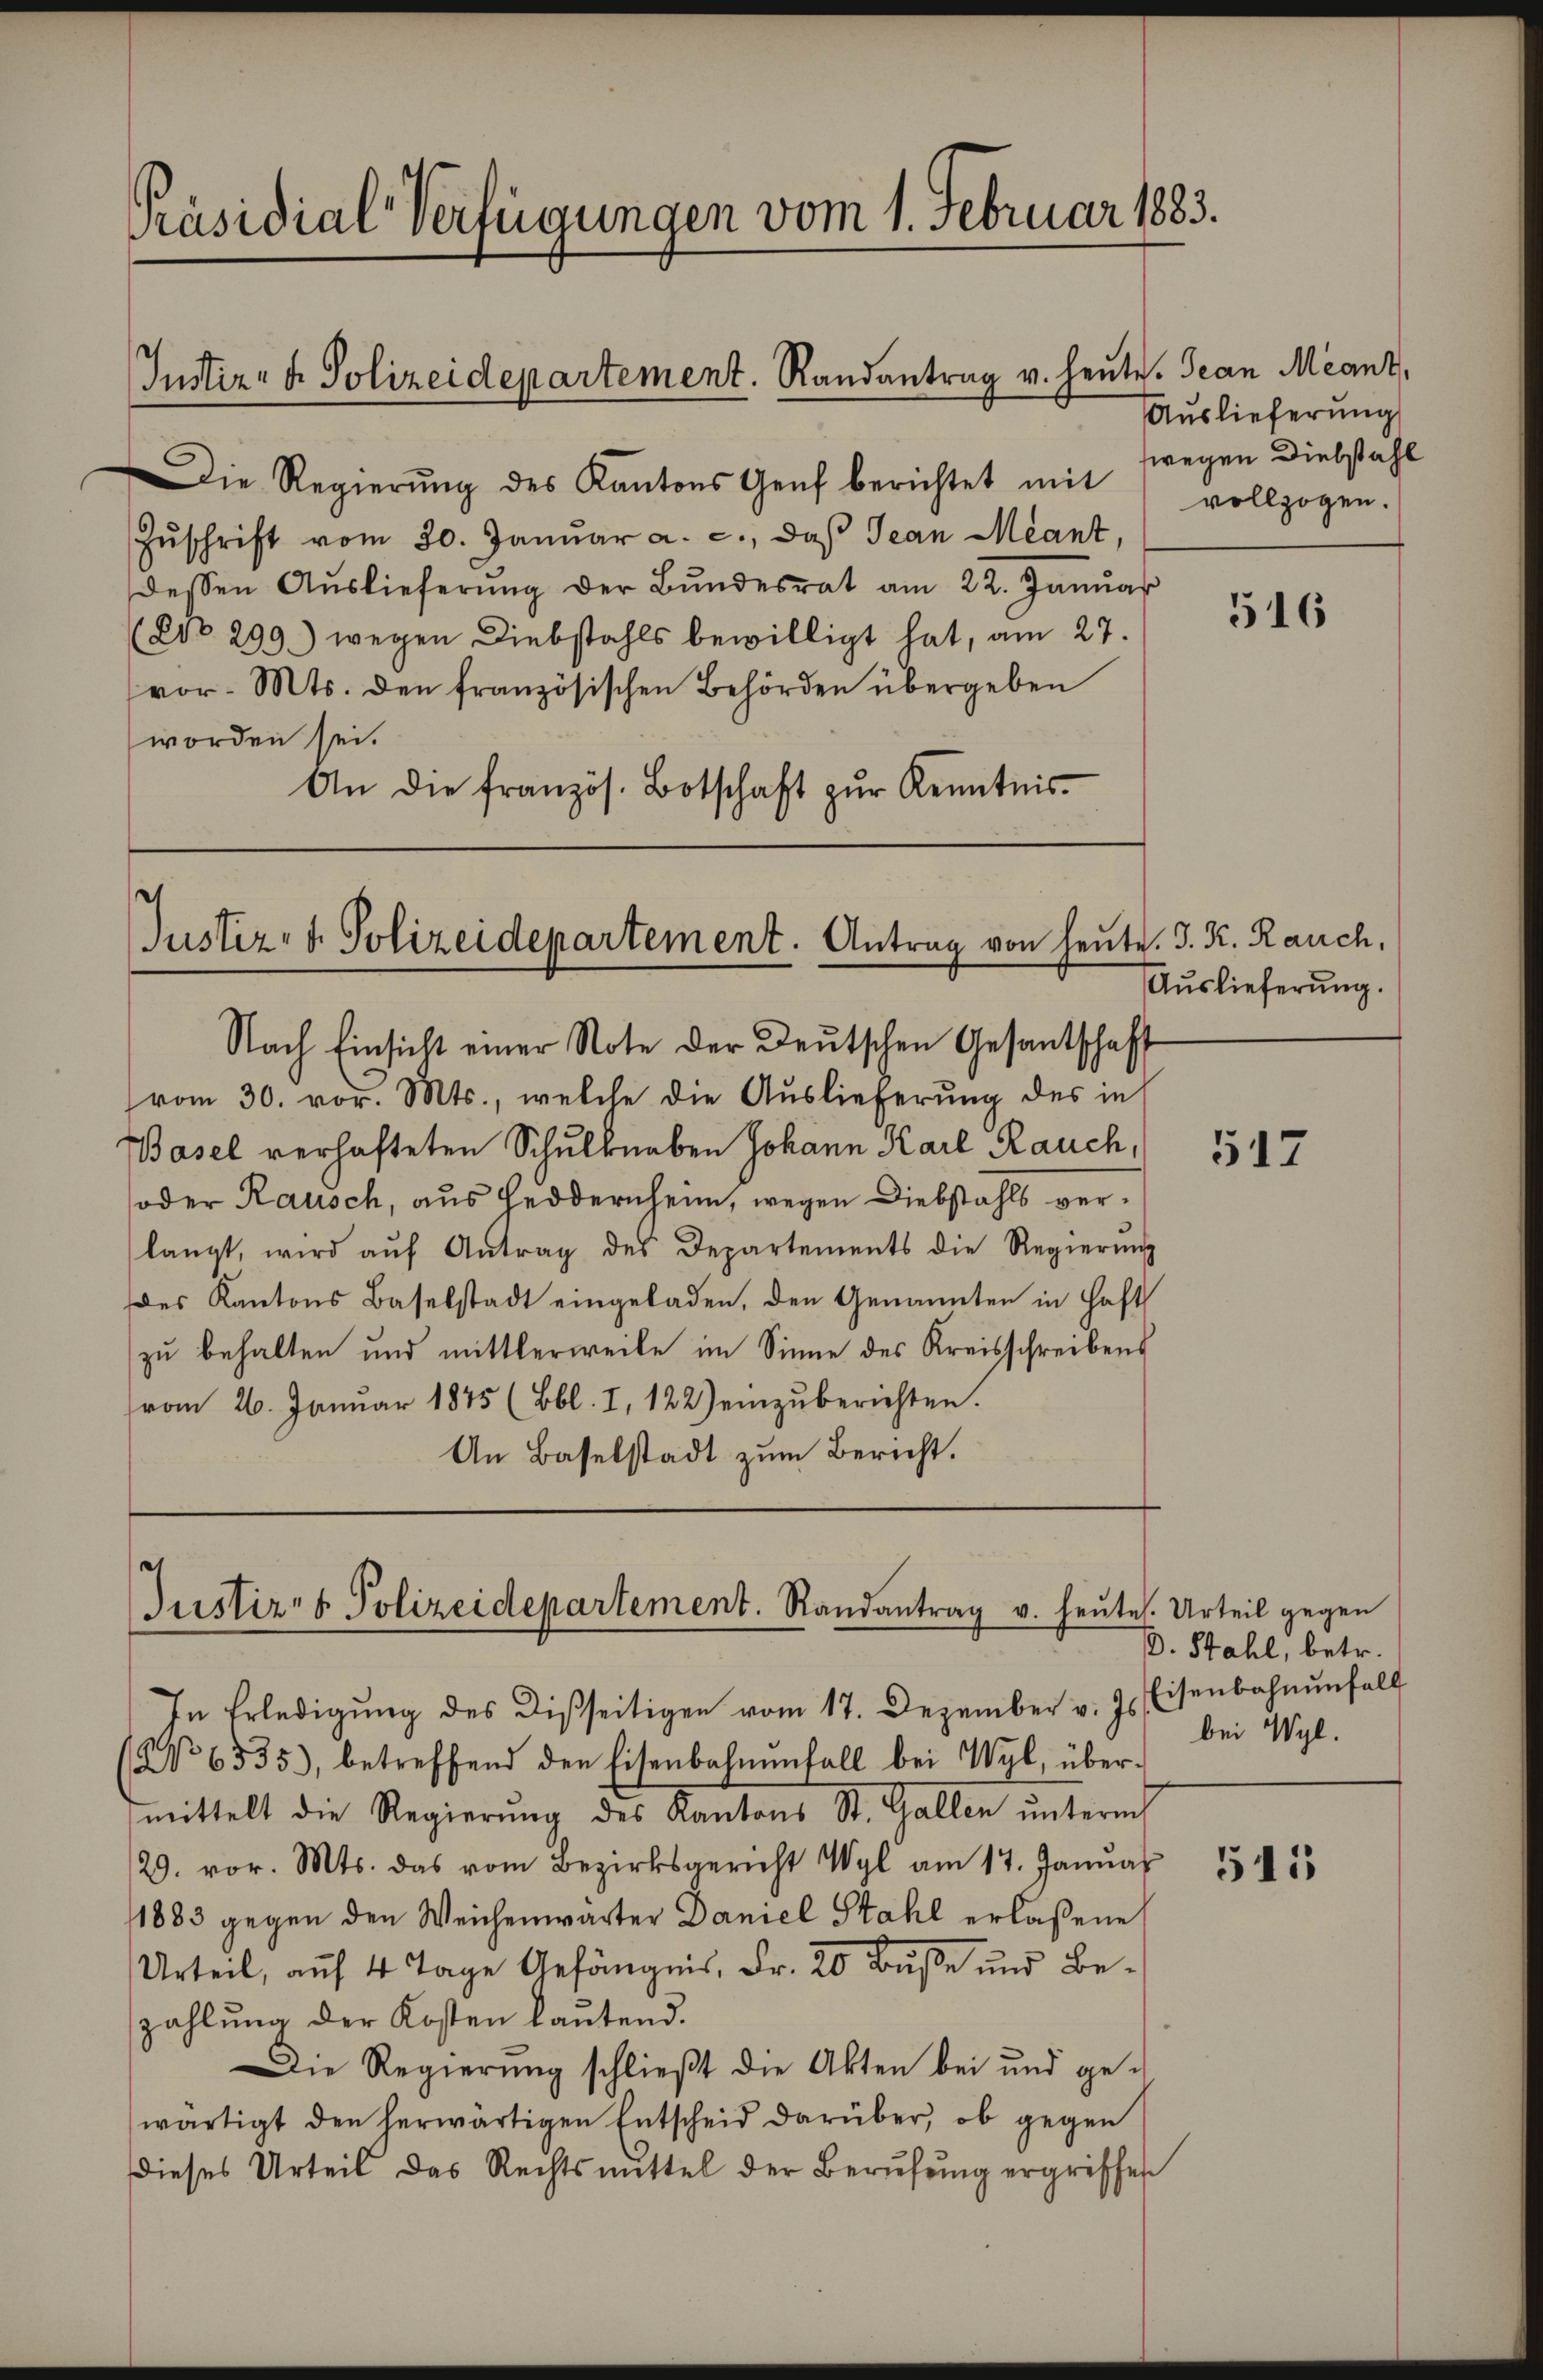
Die Regierŭng des Kantons Genf berichtet mit
Zŭschrift vom 30. Januar a. c., daß Jean Méant,
dessen Aŭslieferŭng der Bŭndesrat am 22. Januar
(No. 299.) wegen Diebstahls bewilligt hat, am 27.
vor. Mts. den französischen Behörden übergeben
worden sei.
An die französ. Botschaft zŭr Kenntnis-

Präsidial-Verfügungen vom 1. Februar 1883.

Justiz- & Polizeidepartement. Randantrag v. heute. Jean Méant,

¬
Justiz- & Polizeidepartement. Antrag von heute. J. K. Rauch,
Nach Einsicht einer Note der Deutschen Gesantschaft

vom 30. vor. Mts., welche die Auslieferung des in
Basel verhafteten Schulknaben Johann Karl Rauch,
oder Rausch, aus Heidernheim, wegen Diebstahls verlangt, wird aŭf Antrag des Departements die Regierŭng
des Kantons Baselstadt eingeladen, den Genannten in Haft
zu behalten und mittlerweile im Sinne des Kreisschreibens
vom 26. Januar 1875 (Bbl. I, 122) einzuberichten.
An Baselstadt zum Bericht.

Justiz- & Polizeidepartement. Randantrag v. heute. Urteil gegen
In Erledigŭng des Disseitigen vom 17. Dezember v. Js. Eisenbahnŭnfall

Auslieferung
fwegen Diebstahl
vollzogen.

NNo 6335), betreffend den Eisenbahnenfall bei Wyl, übermittelt die Regierŭng des Kantons St. Gallen ŭnterm
29. vor. Mts. das vom Bezirksgericht Wyl am 17. Janŭar
1883 gegen den Weichenwärter Daniel Stahl erlaßene
Urteil, auf 4 Tage Gefängnis, Fr. 20 Buße und Bezahlung der Kosten lautend.
Die Regierung schließt die Akten bei und ge-
wärtigt den herwärtigen Entscheid darüber, ob gegen
dieses Urteil das Rechtsmittel der Berufung ergriffen

516

Auslieferung.

517

D. Stahl, betr.
bei Wyl.

541